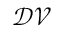
\mathcal { D V }